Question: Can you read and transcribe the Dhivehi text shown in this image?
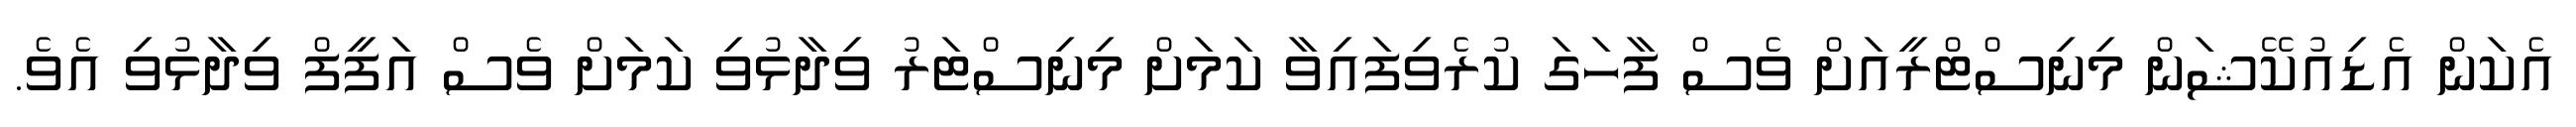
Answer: އެކަން އެޑިއުކޭޝަން މިނިސްޓްރީއަށް ވެސް ފާހަގަ ކުރެވިފައިވާ ކަމަށް މިނިސްޓަރު ވިދާޅުވި ކަމަށް ވެސް އަފީފް ވިދާޅުވި އެވެ.